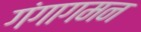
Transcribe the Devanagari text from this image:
गंगागमन